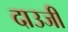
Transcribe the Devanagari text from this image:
दाउजी